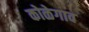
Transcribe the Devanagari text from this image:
कोळेगाव